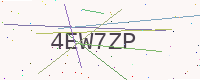
Text: 4EW7ZP